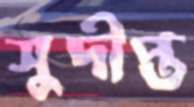
সুদীপ্ত